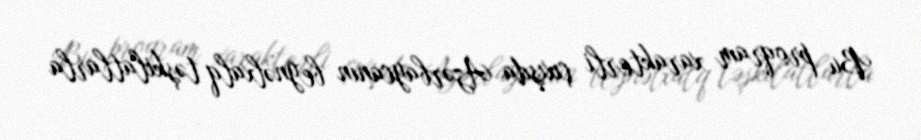
Bu proqram xarakterli çıxışda Azərbaycanın beynəlxalq təşkilatlarla